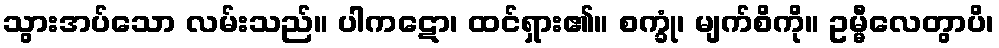
သွားအပ်သော လမ်းသည်။ ပါကဋော၊ ထင်ရှား၏။ စက္ခုံ၊ မျက်စိကို။ ဥမ္မီလေတွာပိ၊